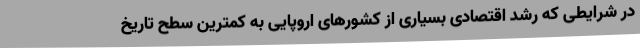
در شرایطی که رشد اقتصادی بسیاری از کشورهای اروپایی به کمترین سطح تاریخ